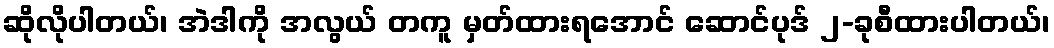
ဆိုလိုပါတယ်၊ အဲဒါကို အလွယ် တကူ မှတ်ထားရအောင် ဆောင်ပုဒ် ၂-ခုစီထားပါတယ်၊